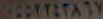
POOKYSTARY